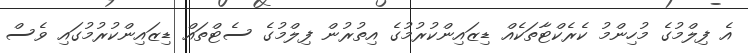
އެ ފިލްމުގެ މުހިންމު ކެރެކްޓާތަކެއް ޑިޒައިންކުރުމުގެ އިތުރުން ފިލްމުގެ ސެޓްތައް ޑިޒައިންކުރުމުގައި ވެސް